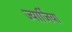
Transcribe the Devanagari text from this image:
ज्यार्जिया